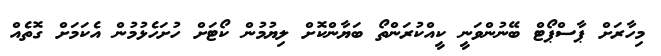
މިހާރަށް ޕާސްޕޯޓް ބޭނުންވަނީ ކީއްކުރަންތޯ ބަޔާންކޮށް ލިޔުމުން ކޯޓަށް ހުށަހެޅުމުން އެކަމަށް ގޮތެއް